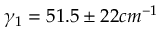
\gamma _ { 1 } = 5 1 . 5 \pm 2 2 c m ^ { - 1 }